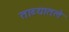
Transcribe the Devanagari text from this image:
ताब्यातले